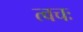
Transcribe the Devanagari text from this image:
त्वचः